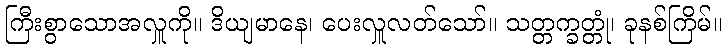
ကြီးစွာသောအလှူကို။ ဒိယျမာနေ၊ ပေးလှူလတ်သော်။ သတ္တက္ခတ္တုံ၊ ခုနစ်ကြိမ်။